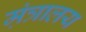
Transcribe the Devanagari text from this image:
म़ंत्रालय